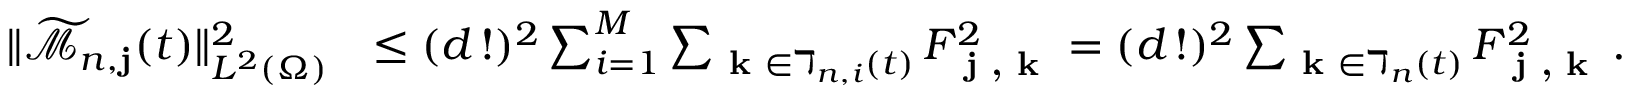
\begin{array} { r l } { \| \widetilde { \mathcal { M } } _ { n , \mathbf { j } } ( t ) \| _ { L ^ { 2 } ( \Omega ) } ^ { 2 } } & { \leq ( d \, ! ) ^ { 2 } \sum _ { i = 1 } ^ { M } \sum _ { \textbf { k } \in \daleth _ { n , i } ( t ) } F _ { \textbf { j , k } } ^ { 2 } = ( d \, ! ) ^ { 2 } \sum _ { \textbf { k } \in \daleth _ { n } ( t ) } F _ { \textbf { j , k } } ^ { 2 } \, . } \end{array}